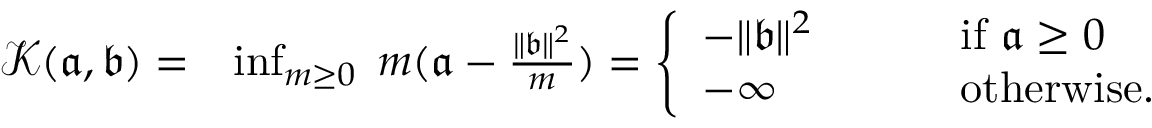
\begin{array} { r l } { { \mathcal K } ( \mathfrak { a } , \mathfrak { b } ) = } & { \operatorname* { i n f } _ { m \geq 0 } \; m ( \mathfrak { a } - \frac { \| \mathfrak { b } \| ^ { 2 } } { m } ) = \left\{ \begin{array} { l l } { - \| \mathfrak { b } \| ^ { 2 } \quad \quad } & { \mathrm { ~ i f ~ } \mathfrak { a } \geq 0 } \\ { - \infty \quad } & { \mathrm { ~ o t h e r w i s e . ~ } } \end{array} \right. } \end{array}